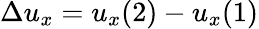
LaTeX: \Delta u_{x}=u_{x}(2)-u_{x}(1)